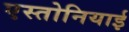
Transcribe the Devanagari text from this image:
एस्तोनियाई